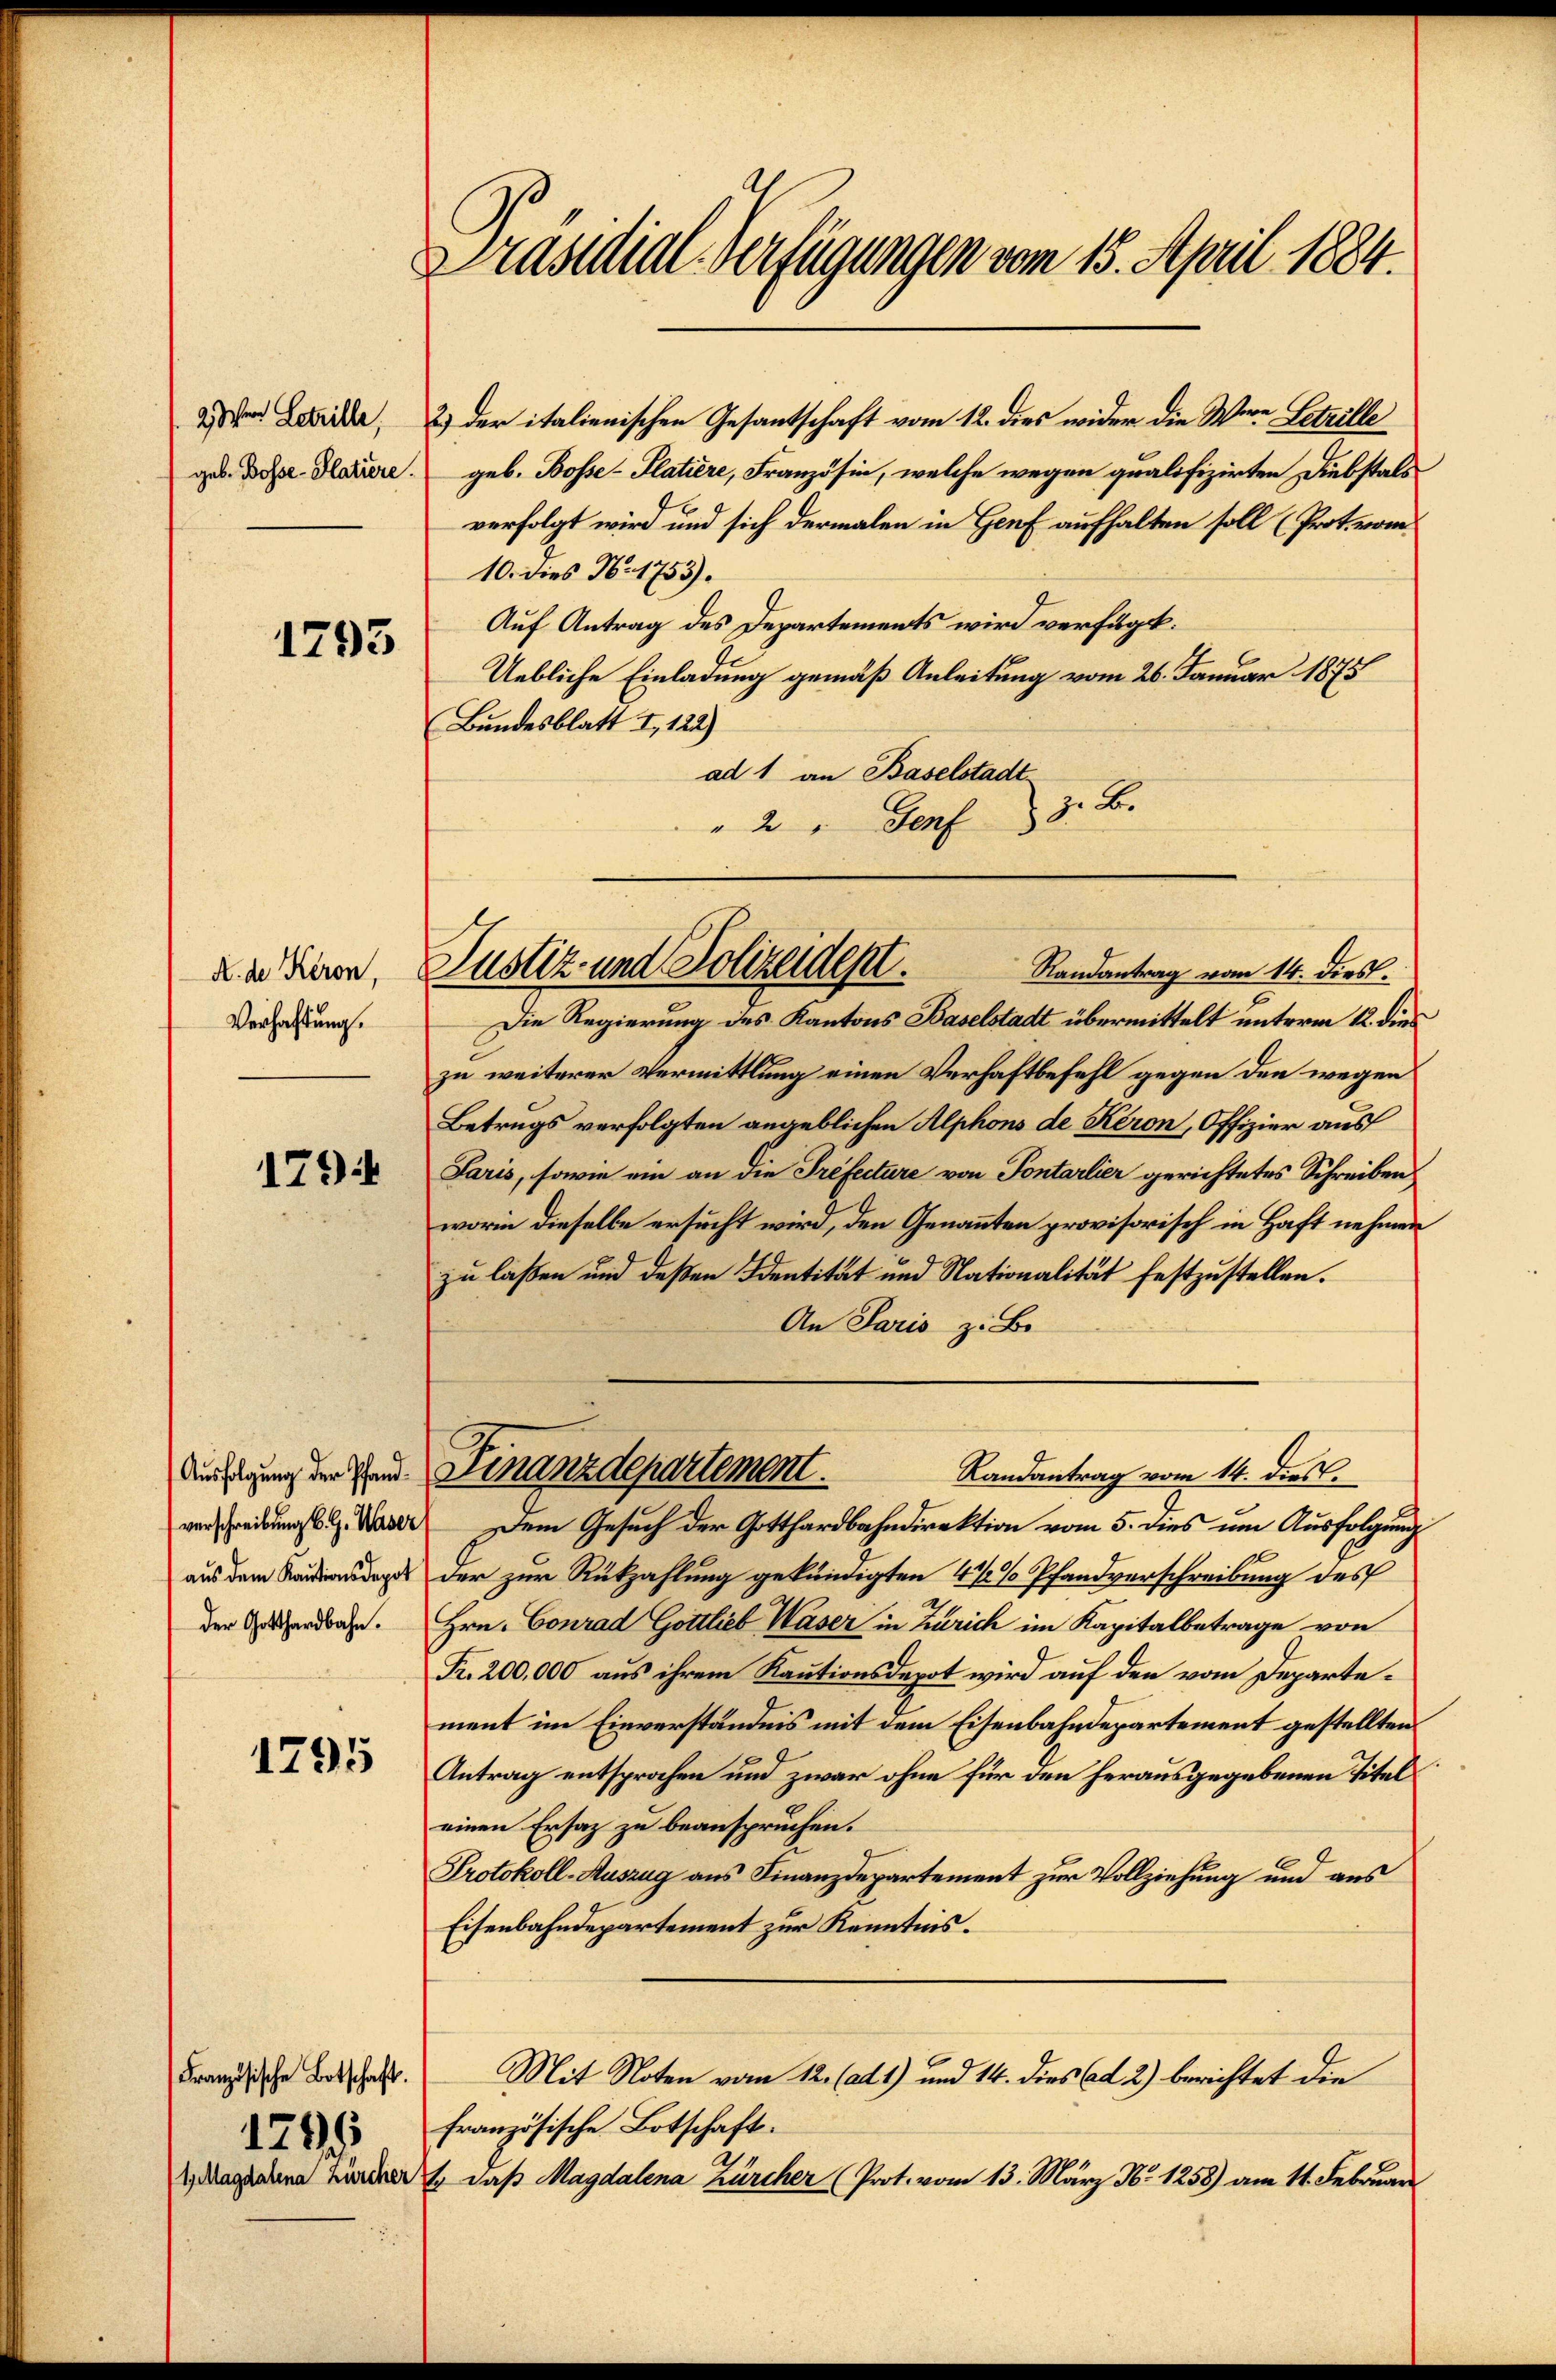
2) Wer Letzille,
geb. Bosse-Platiere.

1793

A. de Keron,
Verhaftung.

1794

Ausfolgung der Pfandverschreibung B. G. Waser
aus dem Kautionsdepot
der Gotthardbahn.

1795

Französische Botschaft.
1796
1. Magdalena Zürcher

Präsidial-Verfügungen vom 15. April 1884.

2.) Der italienischen Gesantschaft vom 12. dies wider die Were Letzille
geb. Bosse-Platiere, Französin, welche wegen qualifizirten Diebstals
verfolgt wird und sich dermalen in Genf aufhalten soll (Prot. vom
10. dies N. 1753).
Auf Antrag des Departements wird verfügt:
Uebliche Einladung gemäß Anleitung vom 26. Januar 1875
Bundesblatt I, 122)
ad 1 an Baselstadt
zu be
" 2 " Genf
Randantrag vom 14. Diess.
Die Regierung des Kantons Baselstadt übermittelt unterm 12. dies
zu weiterer Vermittlung einen Verhaftbefehl gegen den wegen
Betrugs verfolgten angeblichen Alphons de Keron, Offizier aus
Paris, sowie ein an die Préfecture von Pontarlier gerichtetes Schreiben
worin dieselbe ersucht wird, den Genannten provisorisch in Haft nehmen
zu laßen und deßen Identität und Nationalität festzustellen.
An Paris z. B.
Finanzdepartement.
Randantrag vom 14. dies
Dem Gesuch der Gotthardbahndirektion vom 5. dies um Ausfolgung
der zur Rückzahlung gekündigten 4 1/2% Pfandverschreibung des
Hrn. Conrad Gottlieb Waser in Zürich im Kapitalbetrage von
Fr. 200,000 aus ihrem Kautionsdepot wird auf den vom Departement im Einverständnis mit dem Eisenbahndepartement gestellten
Antrag entsprochen und zwar ohne für den herausgegebenen Titeleinen Ersatz zu beanspruchen.
Protokoll-Auszug aus Finanzdepartement zur Vollziehung und aus
Eisenbahndepartement zur Kenntnis.
Mit Noten vom 12. (ad 1) und 14. dies ad 2) berichtet die
französische Botschaft.
t. Daß Magdalena Zürcher (Prot. vom 13. März Nr. 1258) am 11. Februar

Justiz und Polizeidept.